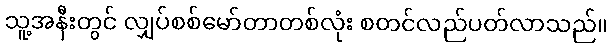
သူ့အနီးတွင် လျှပ်စစ်မော်တာတစ်လုံး စတင်လည်ပတ်လာသည်။